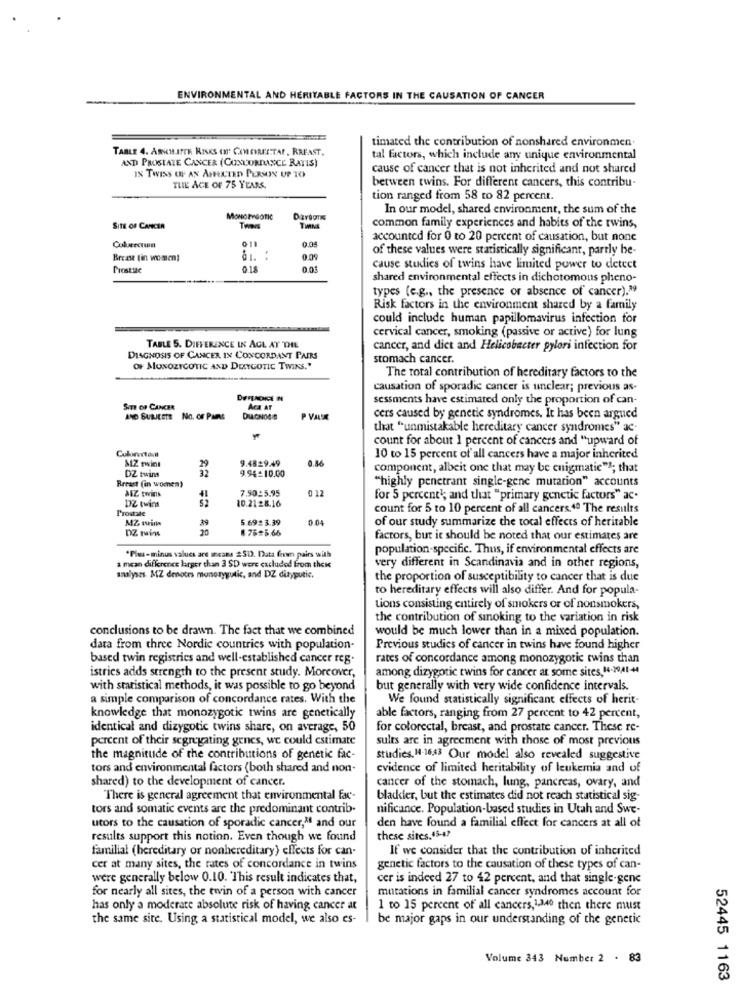
ENVIRONMENTAL AND HERITABLE FACTORS IN THE CAUSATION OF CANCER
timated the contribution of nonshared environmen.
TABLE 4. ARKHATTE RISKS OF COLORRECTAL, RREAST.
AND PROSTATE CANCER (CONCORDANCE RATIS)
tal factors, which include any unique environmental
cause of cancer that is not inherited and not shared
% TWINS OF AN AFFECTED PERSON UP TO
between twins. For different cancers, this contribu-
TLIL AGE OF 75 YEARS.
tion ranged from 58 to 82 percent.
In our model, shared environment, the sum of the
MONORYGOTIC
SITE OF CANCER
TIMNA
common family experiences and habits of the twins,
Cuberctun
011
0.05
accounted for 0 to 20 percent of causation, but none
of these values were statistically significant, partly be-
Break (in woszen]
0.09
Prostiac
018
0.05
cause studies of twins have limited power to detect
shared environmental effects in dichotomous pheno-
types (e.g ., the presence or absence of cancer).39
Risk factors in the environment shared by a family
could include human papillomavirus infection for
cervical cancer, smoking (passive or active) for lung
TABLE 5. DIFFERENCE IN AGL AT THE
cancer, and diet and Helicobacter pylori infection for
DIAGNOSIS OF CANCER IN CONCORDANT PAIRS
stomach cancer.
OF MUNOZTCOTIC AND DRYGOTIC TWINS."
The total contribution of hereditary factors to the
causation of sporadic cancer is unclear; previous as-
sessments have estimated only the proportion of can-
Sm or CANCER
Aca AT
ANO SURICETE NO. OF PARS
DIAGNOSIS
P VALUE
cers caused by genetic syndromes. It has been argued
that "unmistakable hereditary cancer syndromes" ac-
count for about 1 percent of cancers and "upward of
MZ twint
9.4829.49
0.86
10 to 15 percent of' all cancers have a major inherited
DZ twins
32
component, albeit one that may be enigmatic"3; that
Breast (in women)
9.94=10.00
"highly penetrant single-gene mutation" accounts
ALZ twins
7.90:5.95
012
12 twins
10.2128.16
for 5 percent'; and that "primary genetic factors" ac.
Prostate
count for 5 to 10 percent of all cancers 4ª The results
MZ mins
5.6923.39
0 04
of our study summarize the tocal effects of heritable
DZ ruins
20
78 5.66
factors, but it should be noted that our estimates are
population-specific. Thus, if environmental effects are
"Plus-minus values are means 251). Data fixen pairs with
a mean difference larger than 3 $D were excluded From these
very different in Scandinavia and in other regions,
analyses. AZ denotes monorygutic, and DZ dizygotic.
the proportion of susceptibility to cancer that is due
to hereditary effects will also differ. And for popula-
tions consisting entirely of smokers or of nonsmokers,
the contribution of sinoking to the variation in risk
conclusions to be drawn. The fact that we combined
would be much lower than in a mixed population.
data from three Nordic countries with population-
Previous studies of cancer in twins have found higher
based twin registries and well-established cancer reg.
rates of concordance among monozygotic twins than
istries adds strength to the present study. Moreover,
among dizygotic twins for cancer at some sites, 14-7041-44
with statistical methods, it was possible to go beyond
but generally with very wide confidence intervals.
a simple comparison of concordance rates. With the
We found statistically significant effects of herit-
knowledge that monozygotic twins are genetically
able factors, ranging from 27 percent to 42 percent,
identical and dizygotic twins share, on average, 50
for colorectal, breast, and prostate cancer. These re-
percent of their segregating genes, we could estimate
sults are in agreement with those of most previous
the magnitude of the contributions of genetic fac-
studies. 1 16,43 Our model also revealed suggestive
tors and environmental factors (both shared and non-
evidence of limited heritability of leukemia and of
shared) to the development of cancer.
cancer of the stomach, lung, pancreas, ovary, and
There is general agreement that environmental fac-
bladder, but the estimates did not reach statistical sig-
tors and somatic events are the predominant contrib.
nificance. Population-based studies in Utah and Swe-
utors to the causation of sporadic cancer,' and our
den have found a familial effect for cancers at all of
results support this notion. Even though we found
these sites.45-47
familial (hereditary or nonhereditary) effects for can-
If we consider that the contribution of inherited
cer at many sites, the rates of concordance in twins
genetic factors to the causation of these types of can-
were generally below 0.10. This result indicates that,
cer is indeed 27 to 42 percent, and that single-gene
for nearly all sites, the twin of a person with cancer
mutations in familial cancer syndromes account for
has only a moderate absolute risk of having cancer at
1 to 15 percent of all cancers, 1,340 then there must
the same site. Using a statistical model, we also es-
be major gaps in our understanding of the genetic
Volume 343 Number 2 . 83
52445 1163